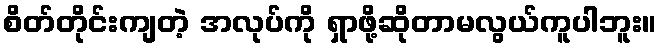
စိတ်တိုင်းကျတဲ့ အလုပ်ကို ရှာဖို့ဆိုတာမလွယ်ကူပါဘူး။